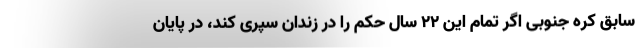
سابق کره جنوبی اگر تمام این ۲۲ سال حکم را در زندان سپری کند، در پایان